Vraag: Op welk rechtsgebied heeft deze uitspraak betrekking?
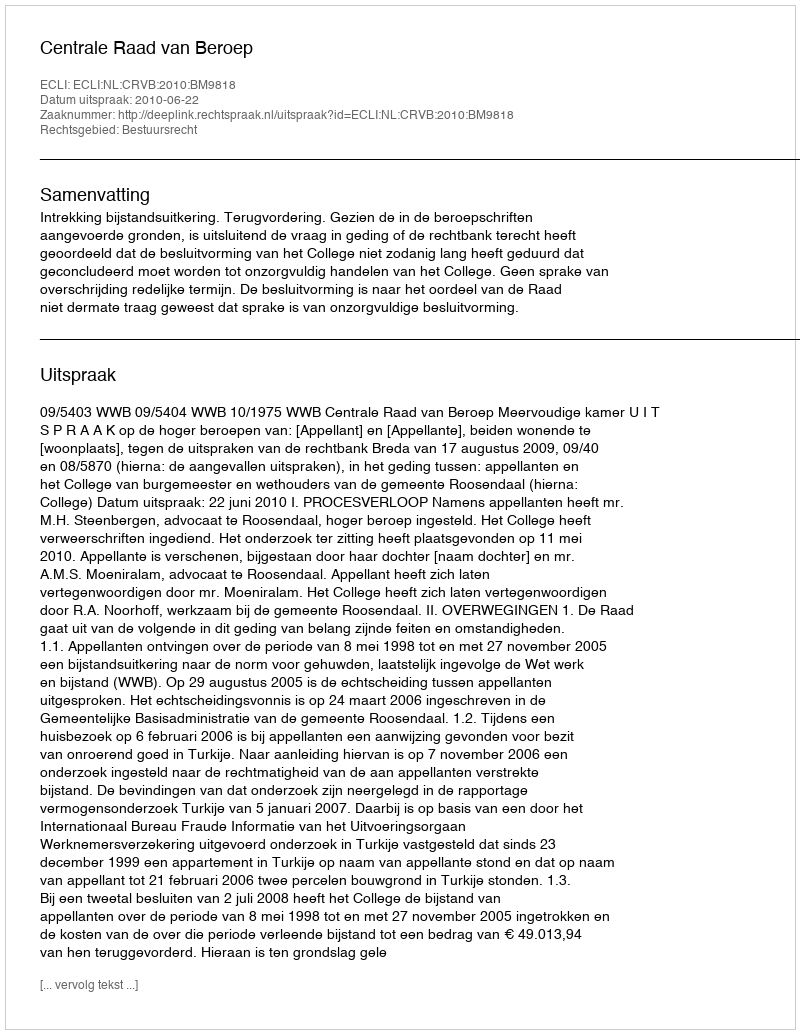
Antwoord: Bestuursrecht